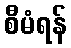
စီမံရန်